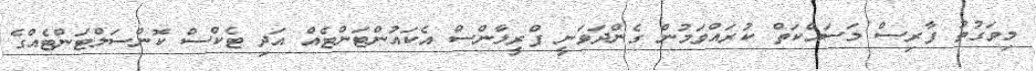
މިވަގުތު ފާރިސް މަސައްކަތް ކުރައްވަމުން ގެންދަވަނީ ފްރީލާންސް އެކައުންޓަންޓެއް އަދި ޓެކްސް ކޮންސަލްޓަންޓެއްގެ